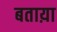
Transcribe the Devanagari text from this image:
बताय़ा